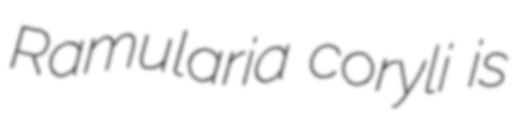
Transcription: Ramularia coryli is